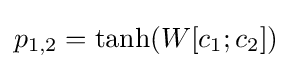
p_{1,2}=\tanh(W[c_{1};c_{2}])